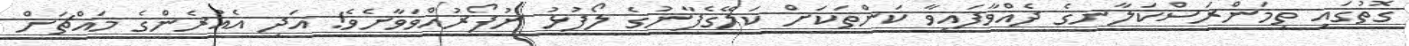
ގޮތުގައި ތިމަންރަސްކަލާނގެ ދެއްވާފައިވާ ކަންތަކަށް ކަލޭގެފާނުގެ ލޯފުޅު ނުފޯރުއްވަވާށެވެ! އަދި އެއުރެންގެ މައްޗަށް